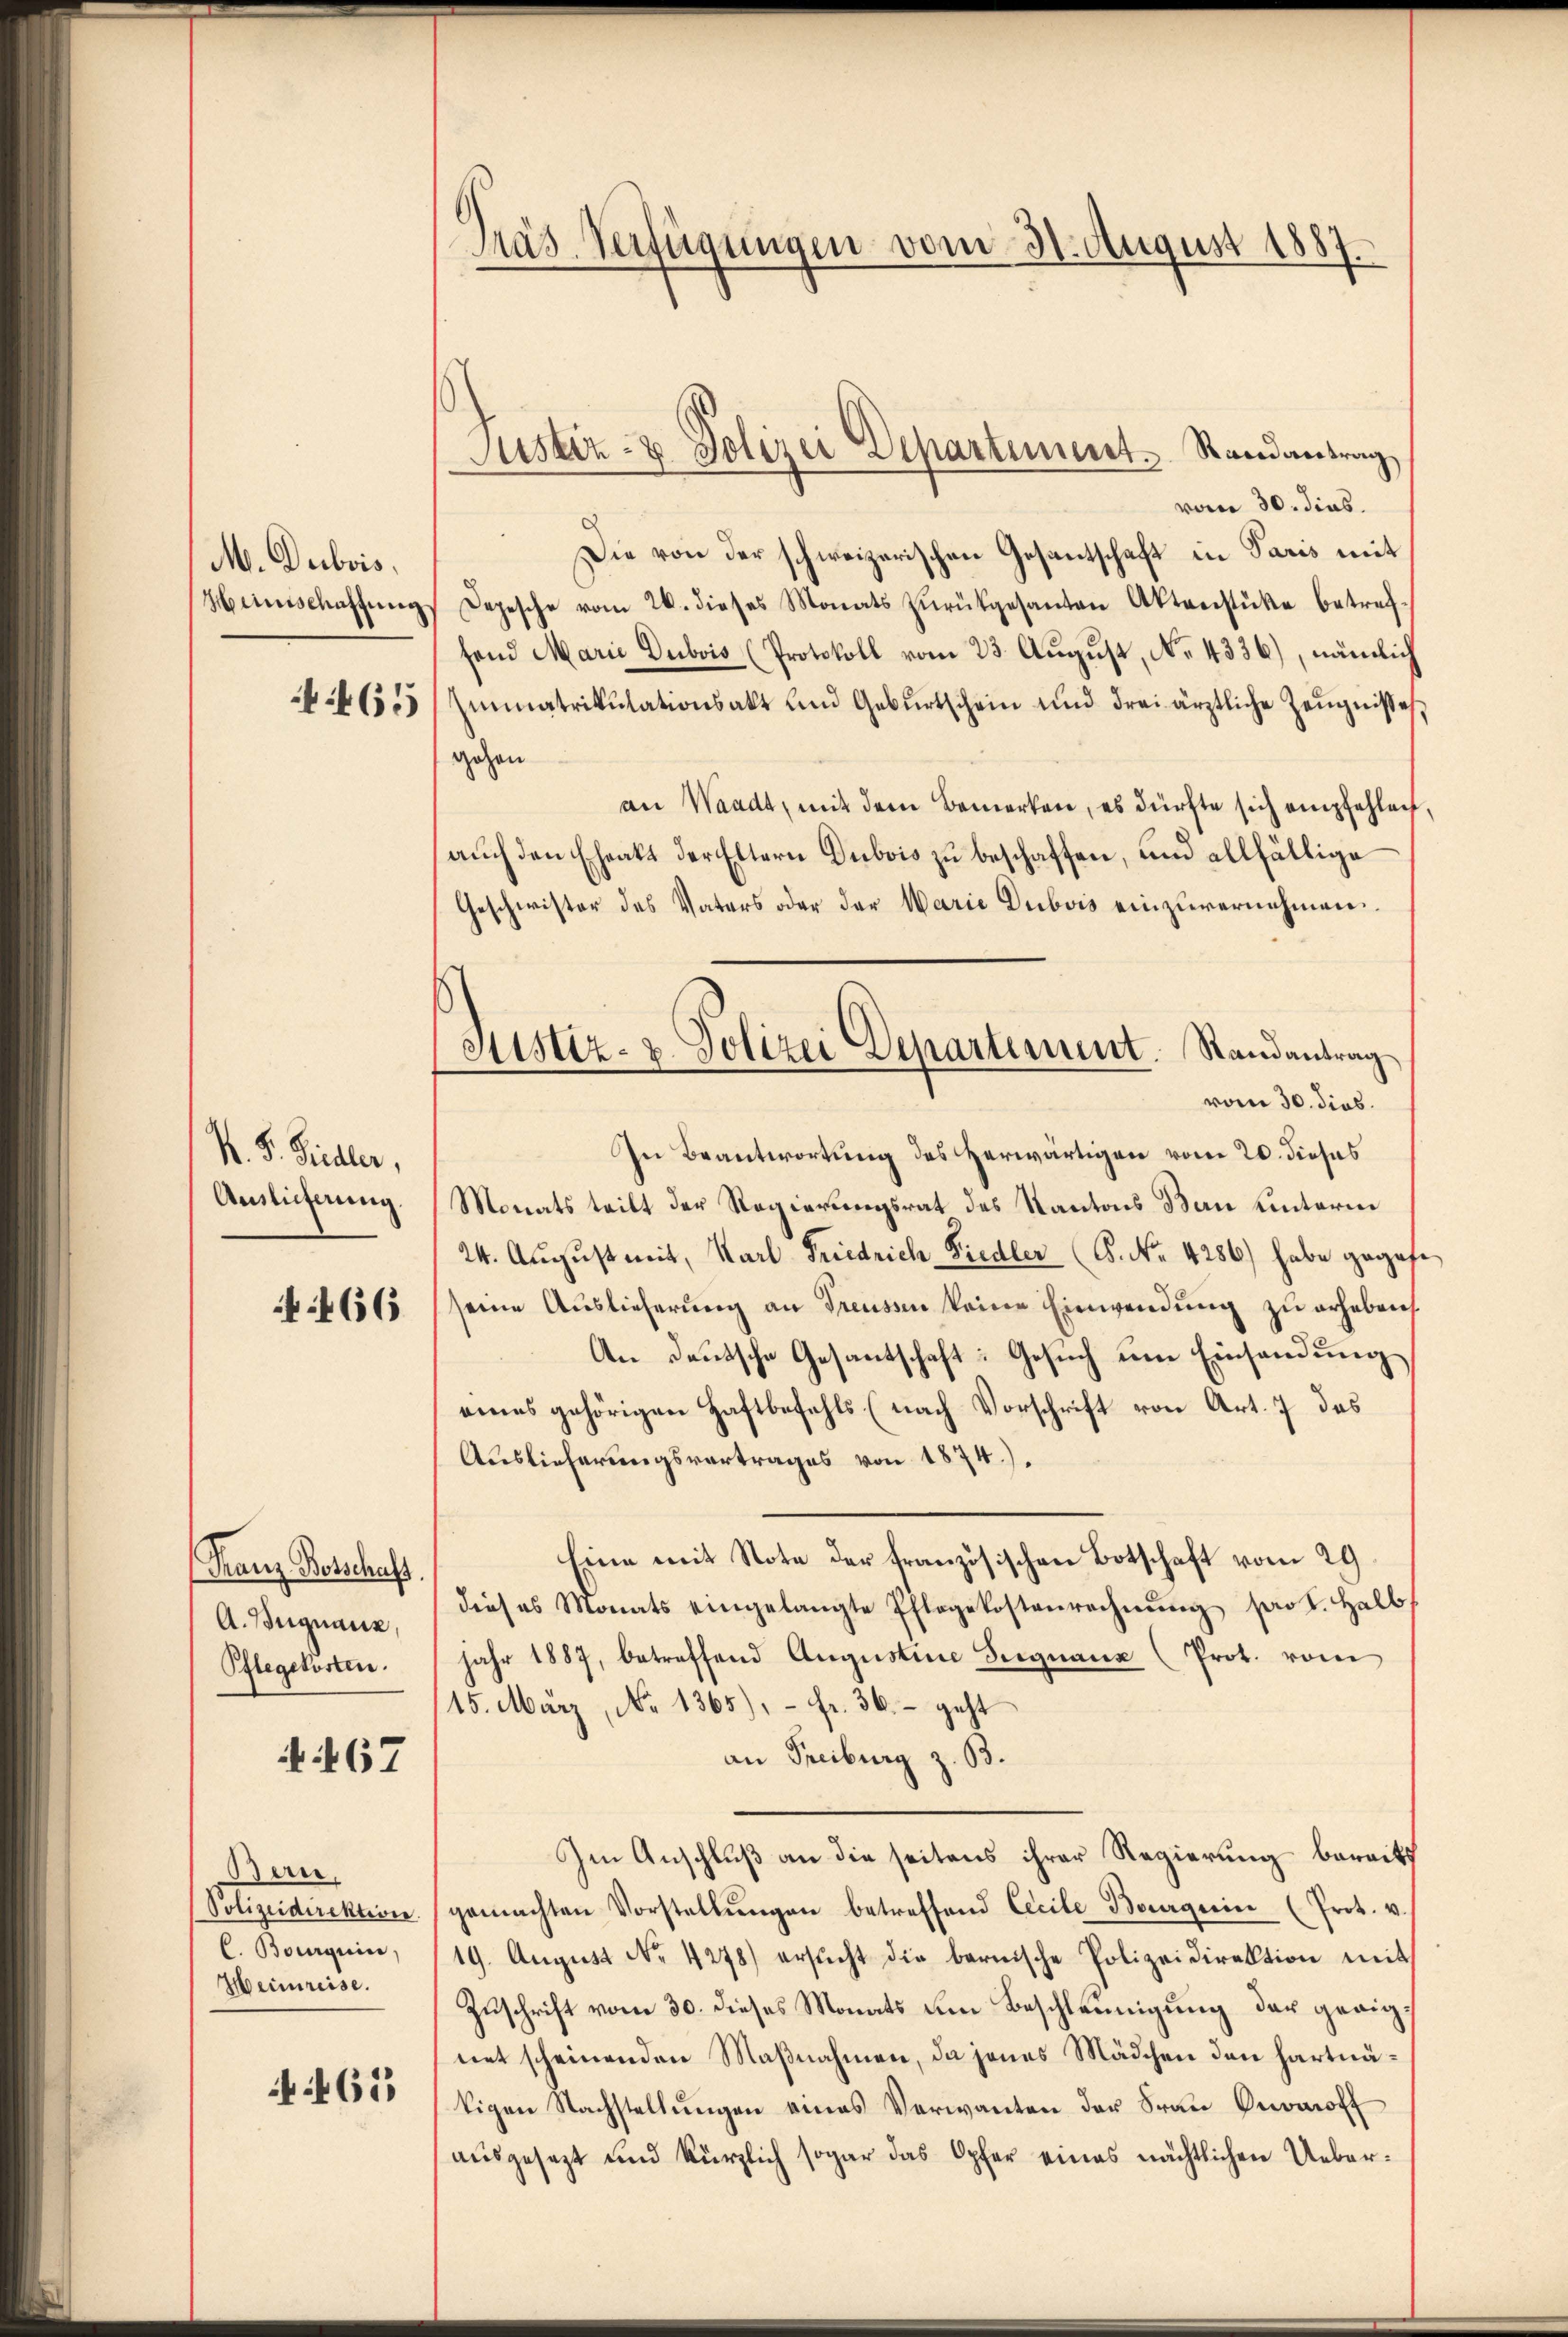
M. Dubois,
Heinschaffung

4465

N. F. Siedler,
Auslieferung.

466

Franz Botschaft.
A. Begnauz,
Pflegekosten.

467

Bern.
Polizeidirektion.
C. Bouquin,
Heimreise.

A 465

Gras Verfügungen vom 31. August 1887.

Justiz- & Polizei Departement. Randantrag,

Sistiz- & Polizei Departement. Randantrag

vom 30. dies
Die von der schweizerischen Gesantschaft in Paris mit
Depesche vom 26. dieses Monats zŭrükgesanten Aktenstüke betreffand Marie Dubois (Protokoll vom 23. August, No. 4336), nämlich
Immatrikulationsakt und Gebŭrtschein und drei ärztliche Zeŭgnisses
gehen
an Waadt, mit dem Bemerken, es dürfte sich empfehlen
auch den Eheakt der Eltern Dubois zu beschaffen, und allfällige
Geschwister des Vaters oder der Marie Dubois einzuvernehmen.
vom 30. dies.
In Beantwortung des Herwärtigen vom 20. dieses
Monats teilt der Regierungsrat des Kantons Bau unterm
24. August mit Karl Friedrich Siedler (B. No. 4286) habe gegeb
seine Auslieferung an Treussen keine Einwendung zu erheben
An Deutsche Gesantschaft: Gesuch um Einsendung
eines gehörigen Haftbefehls (nach Vorschrift von Art. 7 des
Auslieferungsvertrages von 1874).
Eine mit Note der französischen Botschaft vom 29
dieses Monats eingelangte Pflegekostenrechnŭng pro t. halb
jahr 1887, betreffend Aŭgŭstine Seegnaux (Prot. vom
15. März, No 1365), – fr. 36. – geht
an Freiburg z. B.
Im Anschluß an die seitens ihrer Regierung bereits
gemachten Vorstellŭngen betreffend Cecile Bourgerin (Prot. v.
19. August No. 4278) ersŭcht die bernische Polizeidirektion mit
Zuschrift vom 30. dieses Monats um Beschleunigung der geeignet scheinenden Maßnahmen, da jenes Mädchen den hartnätigen Nachstellŭngen eines Verwanten der Frau Onoaroff
ausgesezt und kürzlich sogar das Opfer eines nächtlichen Ueber¬